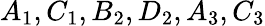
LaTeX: A_{1},C_{1},B_{2},D_{2},A_{3},C_{3}